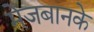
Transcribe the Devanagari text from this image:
मेजबानके